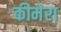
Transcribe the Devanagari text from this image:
कीमेरा